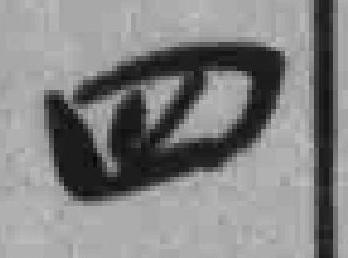
四